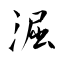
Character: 淈